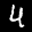
Label: 4